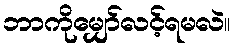
ဘာကိုမျှော်လင့်ရမလဲ။